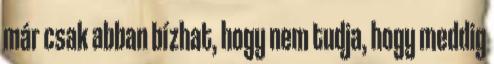
már csak abban bízhat, hogy nem tudja, hogy meddig